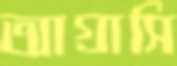
আগ্রাসি